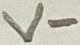
Text: V-